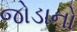
જોડાનો